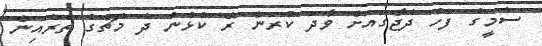
ސެމީގެ ފަހު ދެޖާގައަށް ވާދަ ކުރަން ރޭ ކުޅުނު ދެ މެޗުގެ ތެރެއިން